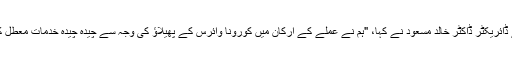
ہسپتال کے ڈائریکٹر ڈاکٹر خالد مسعود نے کہا، "ہم نے عملے کے ارکان میں کورونا وائرس کے پھیلاؤ کی وجہ سے چیدہ چیدہ خدمات معطل کر دی ہیں۔